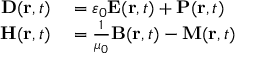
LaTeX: \begin{array} { r l } { \mathbf { D } ( \mathbf { r } , t ) } & { { } = \varepsilon _ { 0 } \mathbf { E } ( \mathbf { r } , t ) + \mathbf { P } ( \mathbf { r } , t ) } \\ { \mathbf { H } ( \mathbf { r } , t ) } & { { } = { \frac { 1 } { \mu _ { 0 } } } \mathbf { B } ( \mathbf { r } , t ) - \mathbf { M } ( \mathbf { r } , t ) } \end{array}